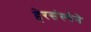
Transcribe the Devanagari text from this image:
हेरसंस्थेने